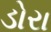
ડોરા